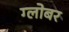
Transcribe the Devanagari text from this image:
ग्लोबर